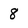
Character: 8